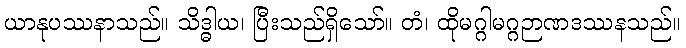
ယာနုပဿနာသည်။ သိဒ္ဓါယ၊ ပြီးသည်ရှိသော်။ တံ၊ ထိုမဂ္ဂါမဂ္ဂဉာဏဒဿနသည်။